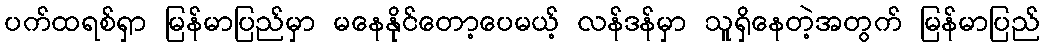
ပက်ထရစ်ရှာ မြန်မာပြည်မှာ မနေနိုင်တော့ပေမယ့် လန်ဒန်မှာ သူရှိနေတဲ့အတွက် မြန်မာပြည်